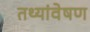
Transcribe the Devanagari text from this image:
तथ्यांवेषण